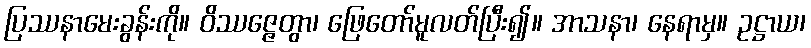
ပြဿနာမေးခွန်းကို။ ဝိဿဇ္ဇေတွာ၊ ဖြေတော်မူလတ်ပြီး၍။ အာသနာ၊ နေရာမှ။ ဥဋ္ဌာယ၊